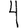
Digit: 4